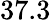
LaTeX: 37.3